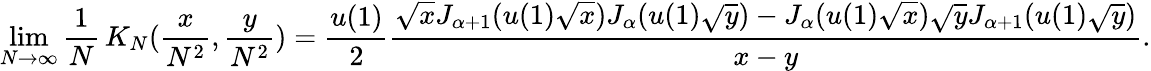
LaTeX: \operatorname*{lim}_{N\rightarrow\infty}\frac 1N\, K_{N}(\frac{x}{N^{2}},\frac{y}{N^{2}})=\frac{u(1)}{2}\frac{\sqrt{x}J_{\alpha+1}(u(1)\sqrt{x})J_{\alpha}(u(1)\sqrt{y})-J_{\alpha}(u(1)\sqrt{x})\sqrt{y}J_{\alpha+1}(u(1)\sqrt{y})}{x-y}.